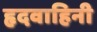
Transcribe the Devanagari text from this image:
हृदवाहिनी